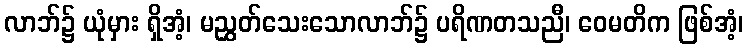
လာဘ်၌ ယုံမှား ရှိအံ့၊ မညွှတ်သေးသောလာဘ်၌ ပရိဏတသညီ၊ ဝေမတိက ဖြစ်အံ့၊